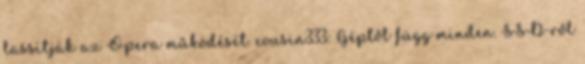
lassítják az Opera működését. cousin333: Géptől függ minden. SSD-ről